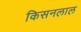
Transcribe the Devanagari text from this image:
किसनलाल